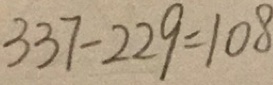
3 3 7 - 2 2 9 = 1 0 8